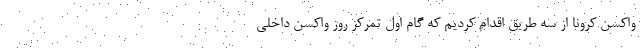
واکسن کرونا از سه طریق اقدام کردیم که گام اول تمرکز روز واکسن داخلی